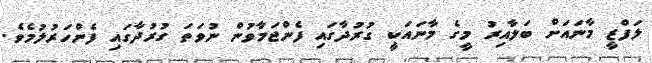
ލަފްޒީ މާނައަށް ބަލާއިރު މީގެ މާނައަކީ ގުރުދާގައި ފެންޖަމާވުން ނުވަތަ ގުރުދާގައި ފެންހަރުލުމެވެ.